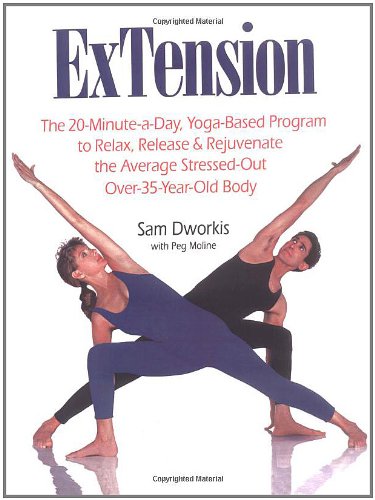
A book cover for ExTension: The 20-Minute-a-Day, Yoga-Based Program to Relax, Release & Rejuvenate the Average Stressed-Out Over-35-Year-Old- Body; Sam Dworkis; Health, Fitness & Dieting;